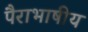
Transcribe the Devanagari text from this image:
पैराभाषीय